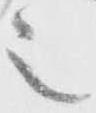
之